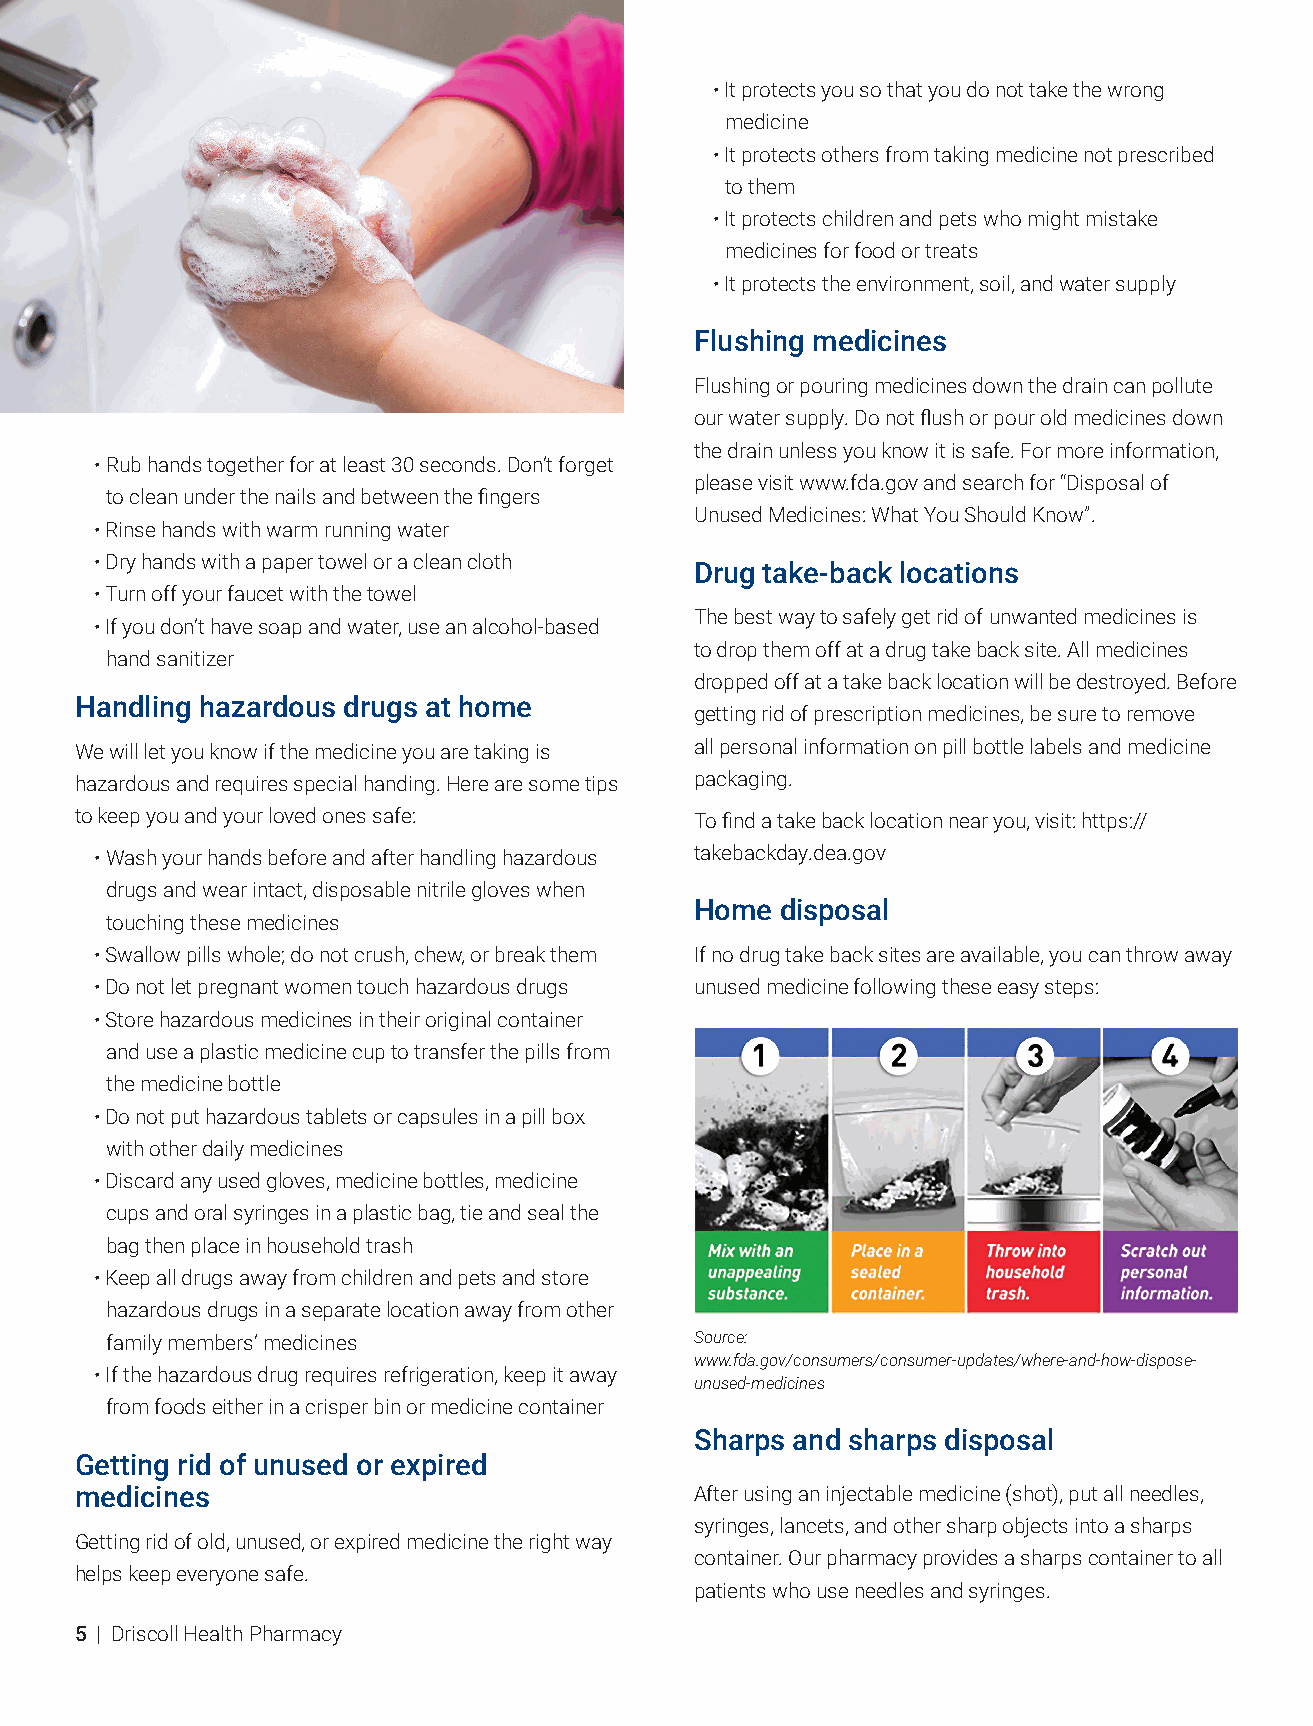
• It protects you so that you do not take the wrong
 medicine
 • It protects others from taking medicine not prescribed
 to them
 • It protects children and pets who might mistake
 medicines for food or treats
 • It protects the environment, soil, and water supply
 Flushing medicines
 Flushing or pouring medicines down the drain can pollute
 our water supply. Do not flush or pour old medicines down
 the drain unless you know it is safe. For more information,
 • Rub hands together for at least 30 seconds. Don’t forget
 please visit www.fda.gov and search for “Disposal of
 to clean under the nails and between the fingers
 Unused Medicines: What You Should Know”.
 • Rinse hands with warm running water
 • Dry hands with a paper towel or a clean cloth
 Drug take-back locations
 • Turn off your faucet with the towel
 The best way to safely get rid of unwanted medicines is
 • If you don’t have soap and water, use an alcohol-based
 to drop them off at a drug take back site. All medicines
 hand sanitizer
 dropped off at a take back location will be destroyed. Before
 Handling hazardous drugs at home
 getting rid of prescription medicines, be sure to remove
 We will let you know if the medicine you are taking is all personal information on pill bottle labels and medicine
 hazardous and requires special handing. Here are some tips packaging.
 to keep you and your loved ones safe:    To find a take back location near you, visit: https://
 • Wash your hands before and after handling hazardous takebackday.dea.gov
 drugs and wear intact, disposable nitrile gloves when
 Home  disposal
 touching these medicines
 • Swallow pills whole; do not crush, chew, or break them If no drug take back sites are available, you can throw away
 • Do not let pregnant women touch hazardous drugs unused medicine following these easy steps:
 • Store hazardous medicines in their original container
 and use a plastic medicine cup to transfer the pills from
 the medicine bottle
 • Do not put hazardous tablets or capsules in a pill box
 with other daily medicines
 • Discard any used gloves, medicine bottles, medicine
 cups and oral syringes in a plastic bag, tie and seal the
 bag then place in household trash
 • Keep all drugs away from children and pets and store
 hazardous drugs in a separate location away from other
 family members’ medicines              Source:
 www.fda.gov/consumers/consumer-updates/where-and-how-dispose-
 • If the hazardous drug requires refrigeration, keep it away
 unused-medicines
 from foods either in a crisper bin or medicine container
 Sharps and sharps disposal
 Getting rid of unused or expired
 medicines                                After using an injectable medicine (shot), put all needles,
 syringes, lancets, and other sharp objects into a sharps
 Getting rid of old, unused, or expired medicine the right way
 container. Our pharmacy provides a sharps container to all
 helps keep everyone safe.
 patients who use needles and syringes.
 5 | Driscoll Health Pharmacy